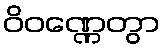
ဝိဝဏ္ဏေတွာ